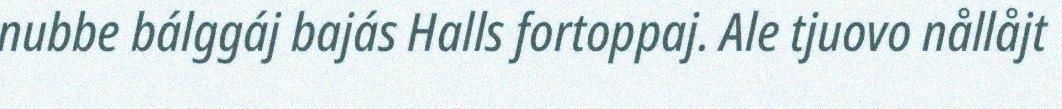
nubbe bálggáj bajás Halls fortoppaj. Ale tjuovo nållåjt